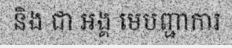
និង ជា អង្គ មេបញ្ជាការ